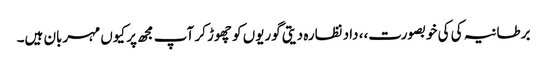
برطانیہ کی کی خوبصورت،، داد نظارہ دیتی گوریوں کو چھوڑ کر آپ مجھ پر کیوں مہربان ہیں۔